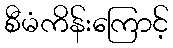
စီမံကိန်းကြောင့်